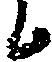
ニ